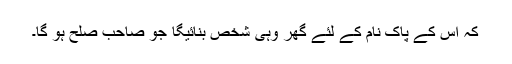
کہ اُس کے پاک نام کے لئے گھر وہی شخص بنائیگا جو صاحب صُلح ہو گا۔